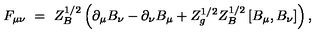
F _ { \mu \nu } \ = \ Z _ { B } ^ { 1 / 2 } \left( \partial _ { \mu } B _ { \nu } - \partial _ { \nu } B _ { \mu } + Z _ { g } ^ { 1 / 2 } Z _ { B } ^ { 1 / 2 } \left[ B _ { \mu } , B _ { \nu } \right] \right) ,